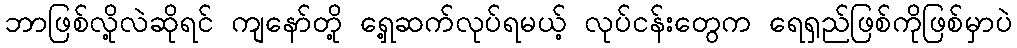
ဘာဖြစ်လို့လဲဆိုရင် ကျနော်တို့ ရှေ့ဆက်လုပ်ရမယ့် လုပ်ငန်းတွေက ရေရှည်ဖြစ်ကိုဖြစ်မှာပဲ